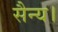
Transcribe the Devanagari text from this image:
सैन्य।